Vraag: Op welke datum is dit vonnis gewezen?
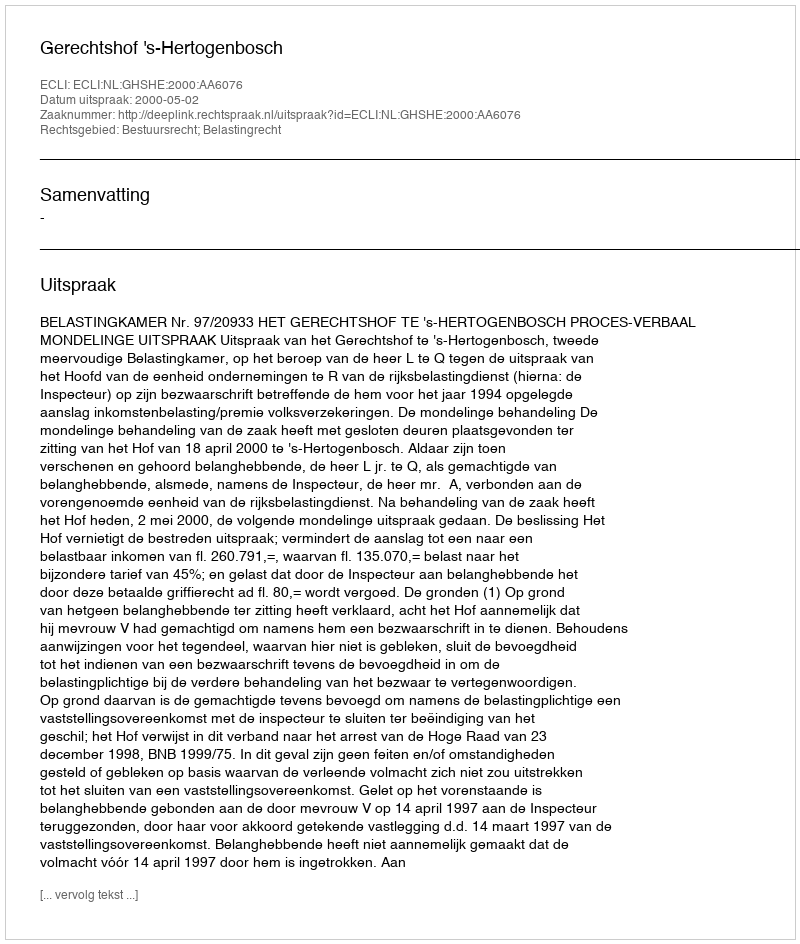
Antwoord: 2000-05-02